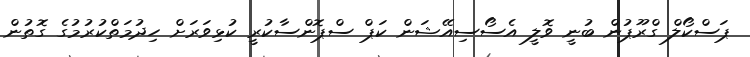
ޕަސްކޯލް ގްރޫޕުން ބުނީ ވޮލީ އެސޯސިއޭޝަން ކަޕް ސްޕޮންސާކުރީ ކުޅިވަރަށް ހިދުމަތްކުރުމުގެ ގޮތުން